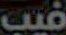
فيب